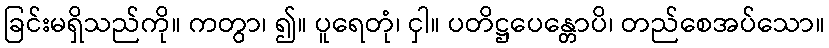
ခြင်းမရှိသည်ကို။ ကတွာ၊ ၍။ ပူရေတုံ၊ ငှါ။ ပတိဋ္ဌပေန္တောပိ၊ တည်စေအပ်သော။